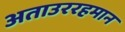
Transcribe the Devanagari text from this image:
अताउररहमान